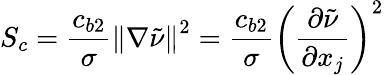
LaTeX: S_{c}=\frac{c_{b2}}{\sigma}\left\| \nabla\tilde{\nu}\right\| ^{2}=\frac{c_{b2}}{\sigma}\left(\frac{\partial\tilde{\nu}}{\partial x_{j}}\right)^{2}